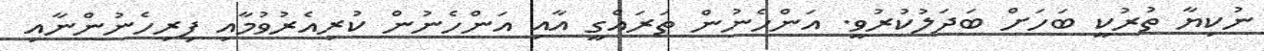
ނުކިޔާ ތުރުކީ ބަހަށް ބަދަލުކުރުވީ. އަންހެނުން ތަރައްގީ އާއި އަންހެނުން ކުރިއެރުވުމާއި ފިރިހެނުންނާއި